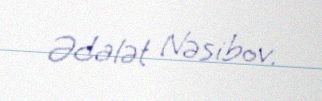
Ədalət Nəsibov.